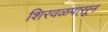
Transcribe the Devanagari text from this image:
शिरवळपासून